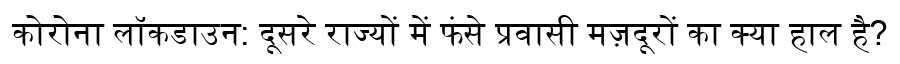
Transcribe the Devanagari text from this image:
कोरोना लॉकडाउन: दूसरे राज्यों में फंसे प्रवासी मज़दूरों का क्या हाल है?